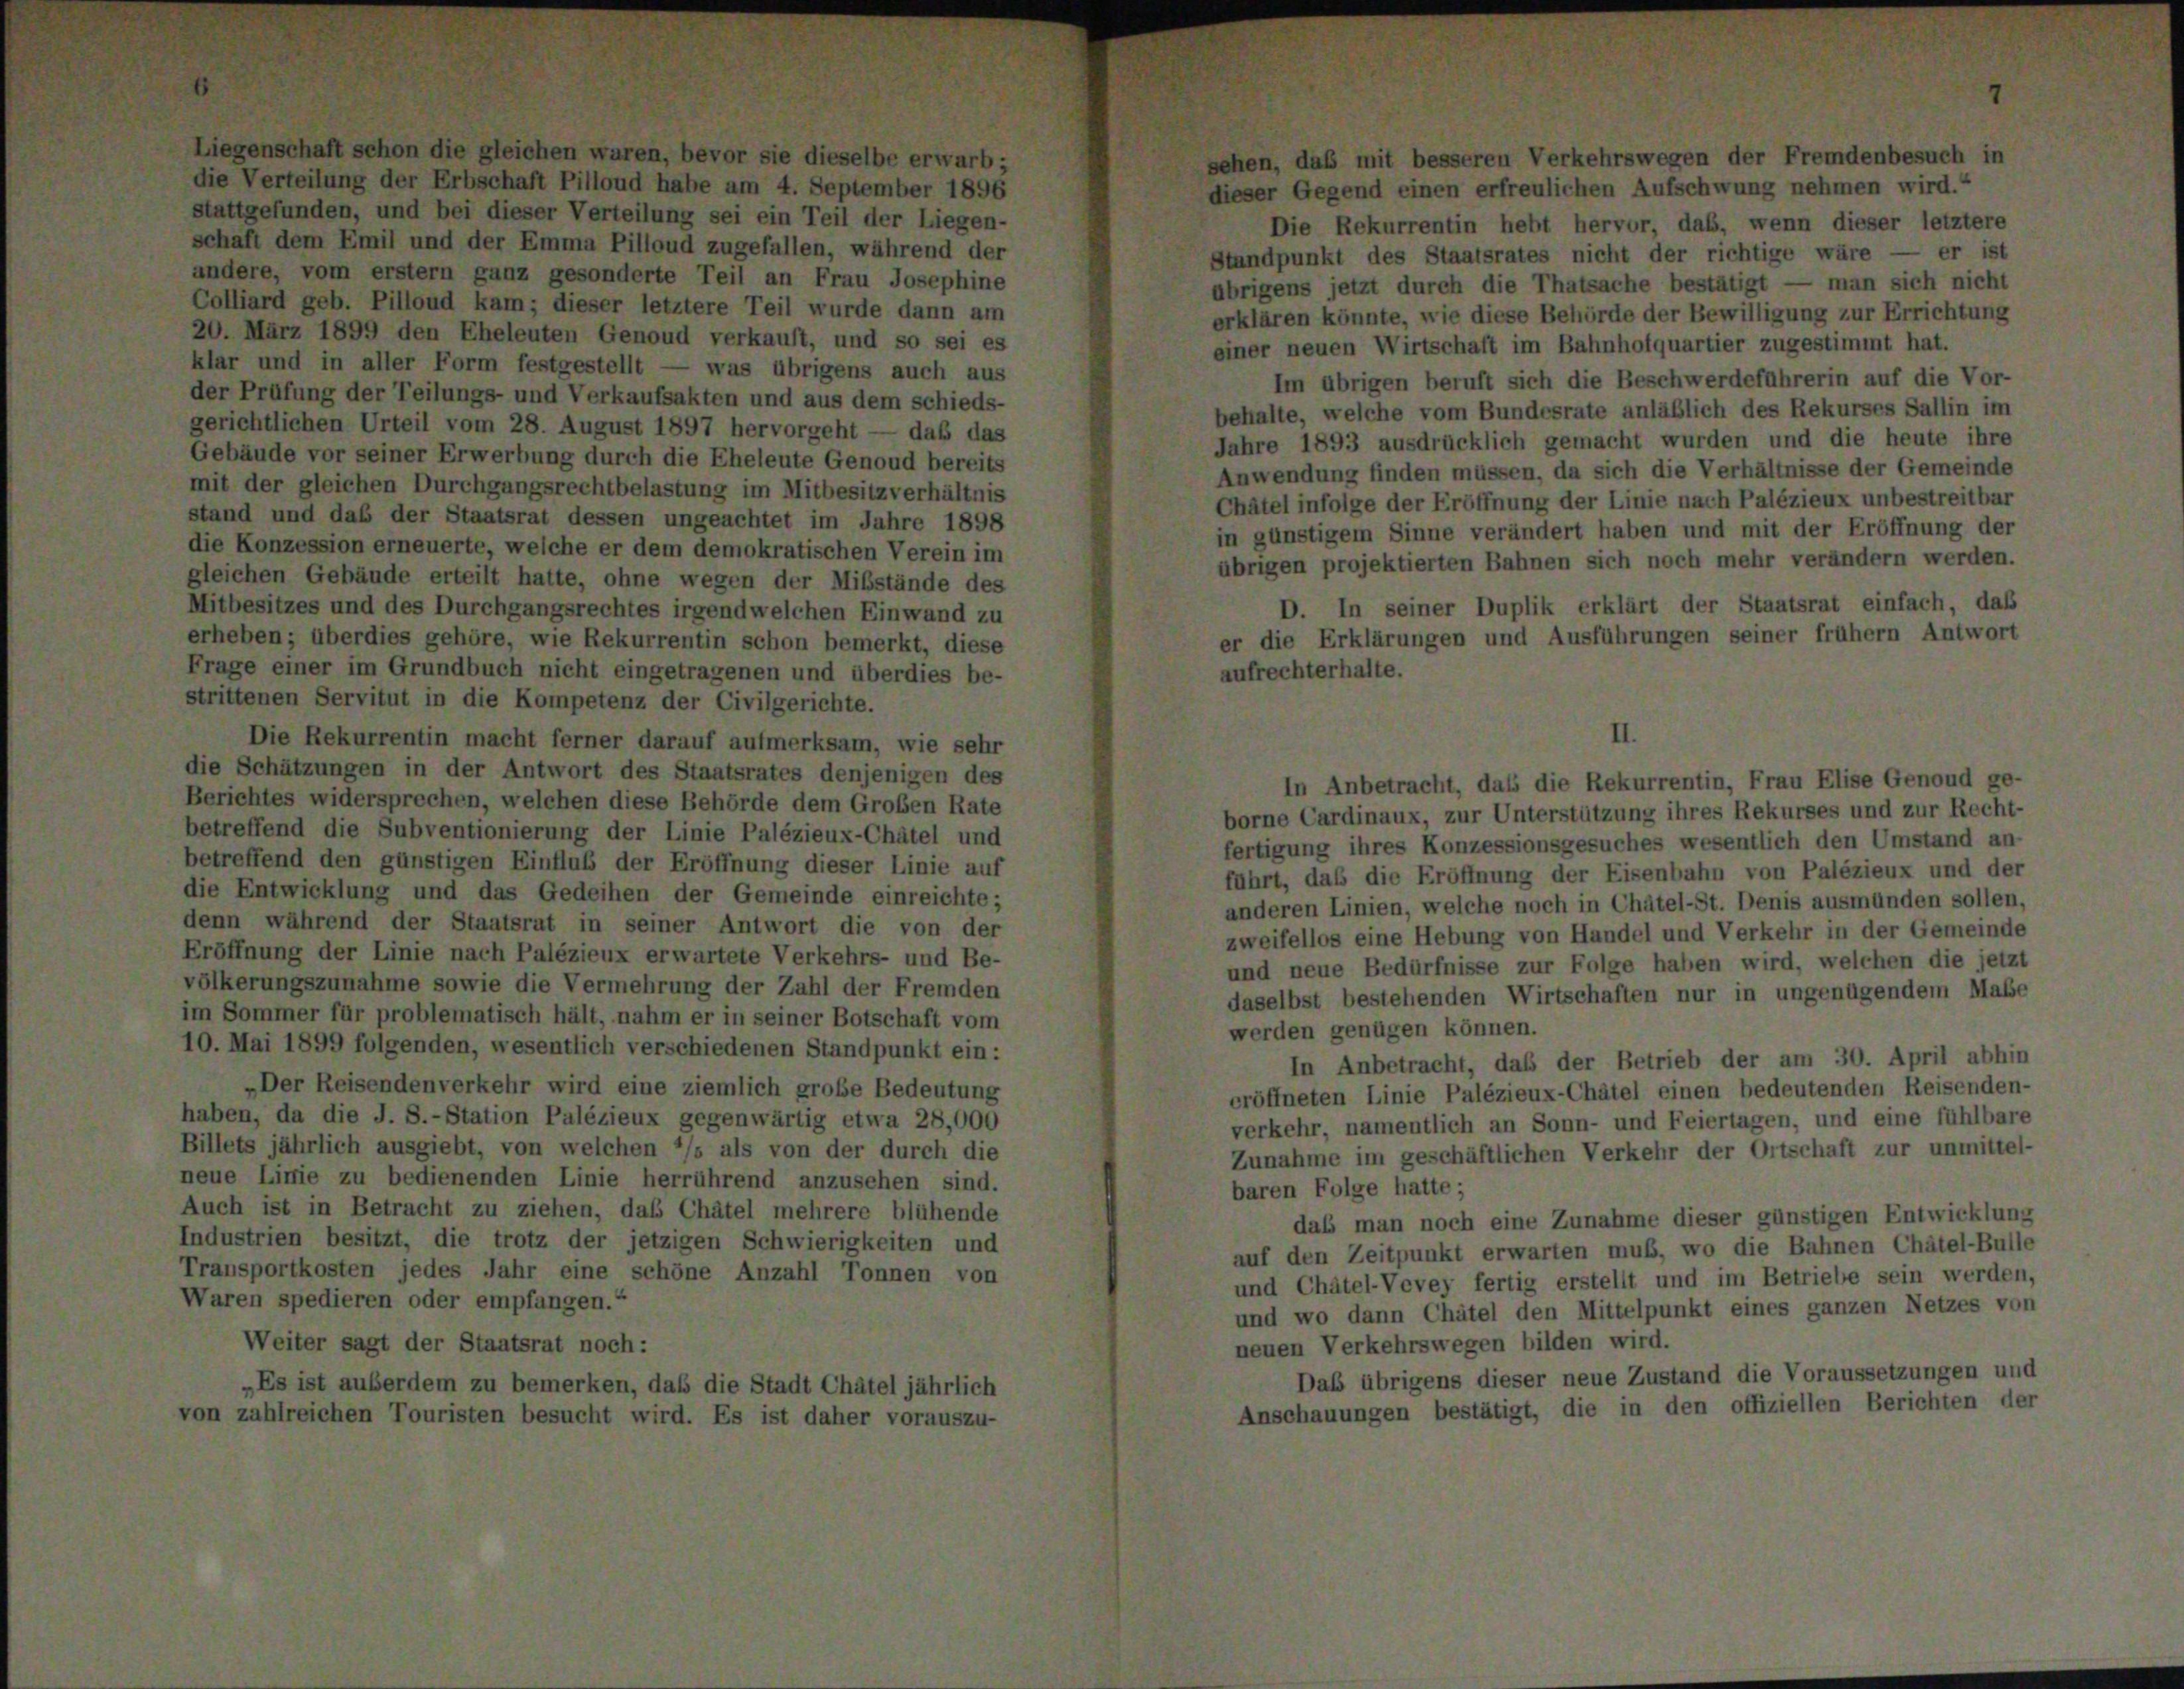
erwa

, daß

nit besseren Verkehrswegen der Fremdenbesuch

dieser Gegend einen erfreulichen Aufschwung nehmen wird.“
stattgefunden, und bei dieser Verteilung sei ein Teil der Liegen-
Die Rekurrentin hebt hervor, das, wenn dieser letztere
schaft dem Emil und der Emma Pilloud zugefallen, während der
Standpunkt des Staatsrates nicht der richtige wäre — er ist
andere, vom erstem ganz gesonderte Teil an Frau Josephine
übrigens jetzt durch die Thatsache bestätigt — man sich nicht
Colliard geb. Pilloud kam; dieser letztere Teil wurde dann am
erklären könnte, wie diese Behörde der Bewilligung zur Errichtung
20. März 1899 den Eheleuten Genoud verkauft, und so sei es
einer neuen Wirtschaft im Bahnhofquartier zugestimmt hat.
klar und in aller Form festgestellt — was übrigens auch aus
Im übrigen beruft sich die Beschwerdeführerin auf die Vor-
der Prüfung der Teilungs- und Verkaufsakten und aus dem schieds-
behalte, welche vom Bundesrate anläßlich des Rekurses Sallin im
gerichtlichen Urteil vom 28. August 1897 hervorgeht — daß das
Jahre 1893 ausdrücklich gemacht wurden und die heute ihre
Gebäude vor seiner Erwerbung durch die Eheleute Genoud bereits
Anwendung finden müssen, da sich die Verhältnisse der Gemeinde
mit der gleichen Durchgangsrechtbelastung im Mitbesitzverhältnis
Châtel infolge der Eröffnung der Linie nach Palézieux unbestreitbar
stand und das der Staatsrat dessen ungeachtet im Jahre 1898
in günstigem Sinne verändert haben und mit der Eröffnung der
die Konzession erneuerte, welche er dem demokratischen Verein im
übrigen projektierten Bahnen sich noch mehr verändern werden.
gleichen Gebäude erteilt hatte, ohne wegen der Mißstände des
D. In seiner Duplik erklärt der Staatsrat einfach, daß
Mitbesitzes und des Durchgangsrechtes irgend welchen Einwand zu
er die Erklärungen und Ausführungen seiner frühem Antwort
erheben; überdies gehöre, wie Rekurrentin schon bemerkt, diese
Frage einer im Grundbuch nicht eingetragenen und überdies be-
aufrechterhalte.
strittenen Servitut in die Kompetenz der Civilgerichte.
Die Rekurrentin macht ferner darauf aufmerksam, wie sehr
die Schätzungen in der Antwort des Staatsrates denjenigen des
Berichtes widersprechen, welchen diese Behörde dem Großen Rate
borne Cardinaux, zur Unterstützung ihres Rekurses und zur Recht-
betreffend die Subventionierung der Linie Palézieux-Chätel und
fertigung ihres Konzessionsgesuches wesentlich den Umstand an
betreffend den günstigen Einfluß der Eröffnung dieser Linie auf
führt, das die Eröffnung der Eisenbahn von Palézieux und der
die Entwicklung und das Gedeihen der Gemeinde einreichte;
anderen Linien, welche noch in Chätel-St. Denis ausmünden sollen,
denn während der Staatsrat in seiner Antwort die von der
zweifellos eine Hebung von Handel und Verkehr in der Gemeinde
Eröffnung der Linie nach Palézieux erwartete Verkehrs- und Be-
und neue Bedürfnisse zur Folge haben wird, welchen die jetzt
völkerungszunahme sowie die Vermehrung der Zahl der Fremden
daselbst bestehenden Wirtschaften nur in ungenügendem Maße
im Sommer für problematisch hält, nahm er in seiner Botschaft vom
werden genügen können.
10. Mai 1899 folgenden, wesentlich verschiedenen Standpunkt ein:
In Anbetracht, daß der Betrieb der am 30. April abhin
„Der Reisendenverkehr wird eine ziemlich große Bedeutung
eröffneten Linie Palézieux-Châtel einen bedeutenden Reisenden-
haben, da die J. S.-Station Palézieux gegenwärtig etwa 28,000
verkehr, namentlich an Sonn- und Feiertagen, und eine fühlbare
Billets jährlich ausgiebt, von welchen */s als von der durch die
Zunahme im geschäftlichen Verkehr der Ortschaft zur unmittel-
neue Linie zu bedienenden Linie herrührend anzusehen sind.
baren Folge hatte;
Auch ist in Betracht zu ziehen, das Chätel mehrere blühende
daß man noch eine Zunahme dieser günstigen Entwicklung
Industrien besitzt, die trotz der jetzigen Schwierigkeiten und
auf den Zeitpunkt erwarten muß, wo die Bahnen Chätel-Bulle
Transportkosten jedes Jahr eine schöne Anzahl Tonnen von
und Chätel-Vevey fertig erstellt und im Betriebe sein werden,
Waren spedieren oder empfangen.“
und wo dann Chätel den Mittelpunkt eines ganzen Netzes von
Weiter sagt der Staatsrat noch:
neuen Verkehrswegen bilden wird.
Das übrigens dieser neue Zustand die Voraussetzungen und
„Es ist außerdem zu bemerken, daß die Stadt Châtel jährlich
Anschauungen bestätigt, die in den offiziellen Berichten der
von zahlreichen Touristen besucht wird. Es ist daher vorauszu-

II.
In Anbetracht, daß die Rekurrentin, Frau Elise Genoud ge-